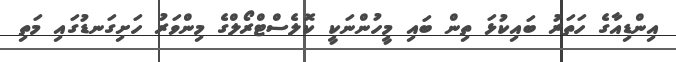
އިންޑިއާގެ ހަތަރު ބައިކުޅަ ތިން ބައި މީހުންނަކީ ކޮލެސްޓްރޯލްގެ މިންވަރު ހަށިގަނޑުގައި މަތި